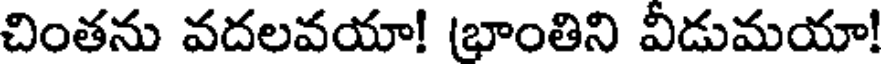
చింతను వదలవయా! (భాంతిని వీడుమయా!